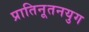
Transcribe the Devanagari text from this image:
प्रातिनूतनयुग